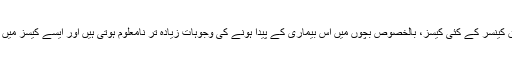
ماہرین کے مطابق کینسر کے کئی کیسز، بالخصوص بچوں میں اس بیماری کے پیدا ہونے کی وجوہات زیادہ تر نامعلوم ہوتی ہیں اور ایسے کیسز میں اضافہ ہو رہا ہے۔